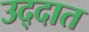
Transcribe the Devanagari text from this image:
उद्दात